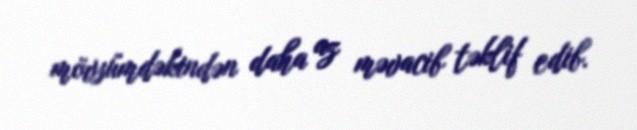
mövsümdəkindən daha az məvacib təklif edib.